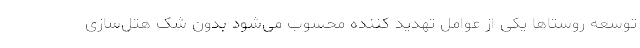
توسعه روستاها یکی از عوامل تهدید کننده محسوب می‌شود بدون شک هتل‌سازی